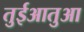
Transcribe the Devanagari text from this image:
तुईआतुआ